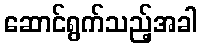
ဆောင်ရွက်သည့်အခါ